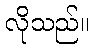
လိုသည်။